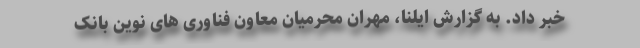
خبر داد. به گزارش ایلنا، مهران محرمیان معاون فناوری های نوین بانک